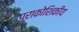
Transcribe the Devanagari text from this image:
पराकोशिकीय